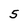
Character: 5